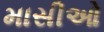
માસીઓ